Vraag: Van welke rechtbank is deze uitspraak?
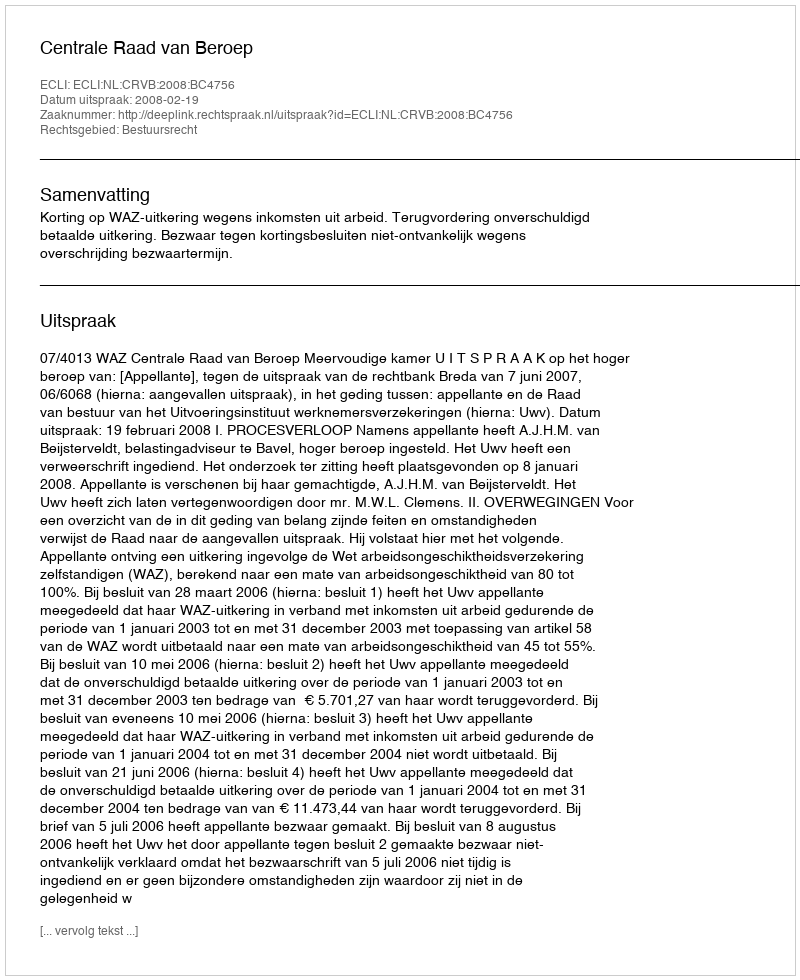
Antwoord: Centrale Raad van Beroep